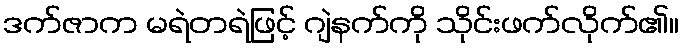
ဒက်ဇာက မရဲတရဲဖြင့် ဂျဲနက်ကို သိုင်းဖက်လိုက်၏။